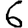
Digit: 6